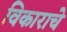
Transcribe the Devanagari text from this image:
विकाराचे